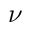
\nu